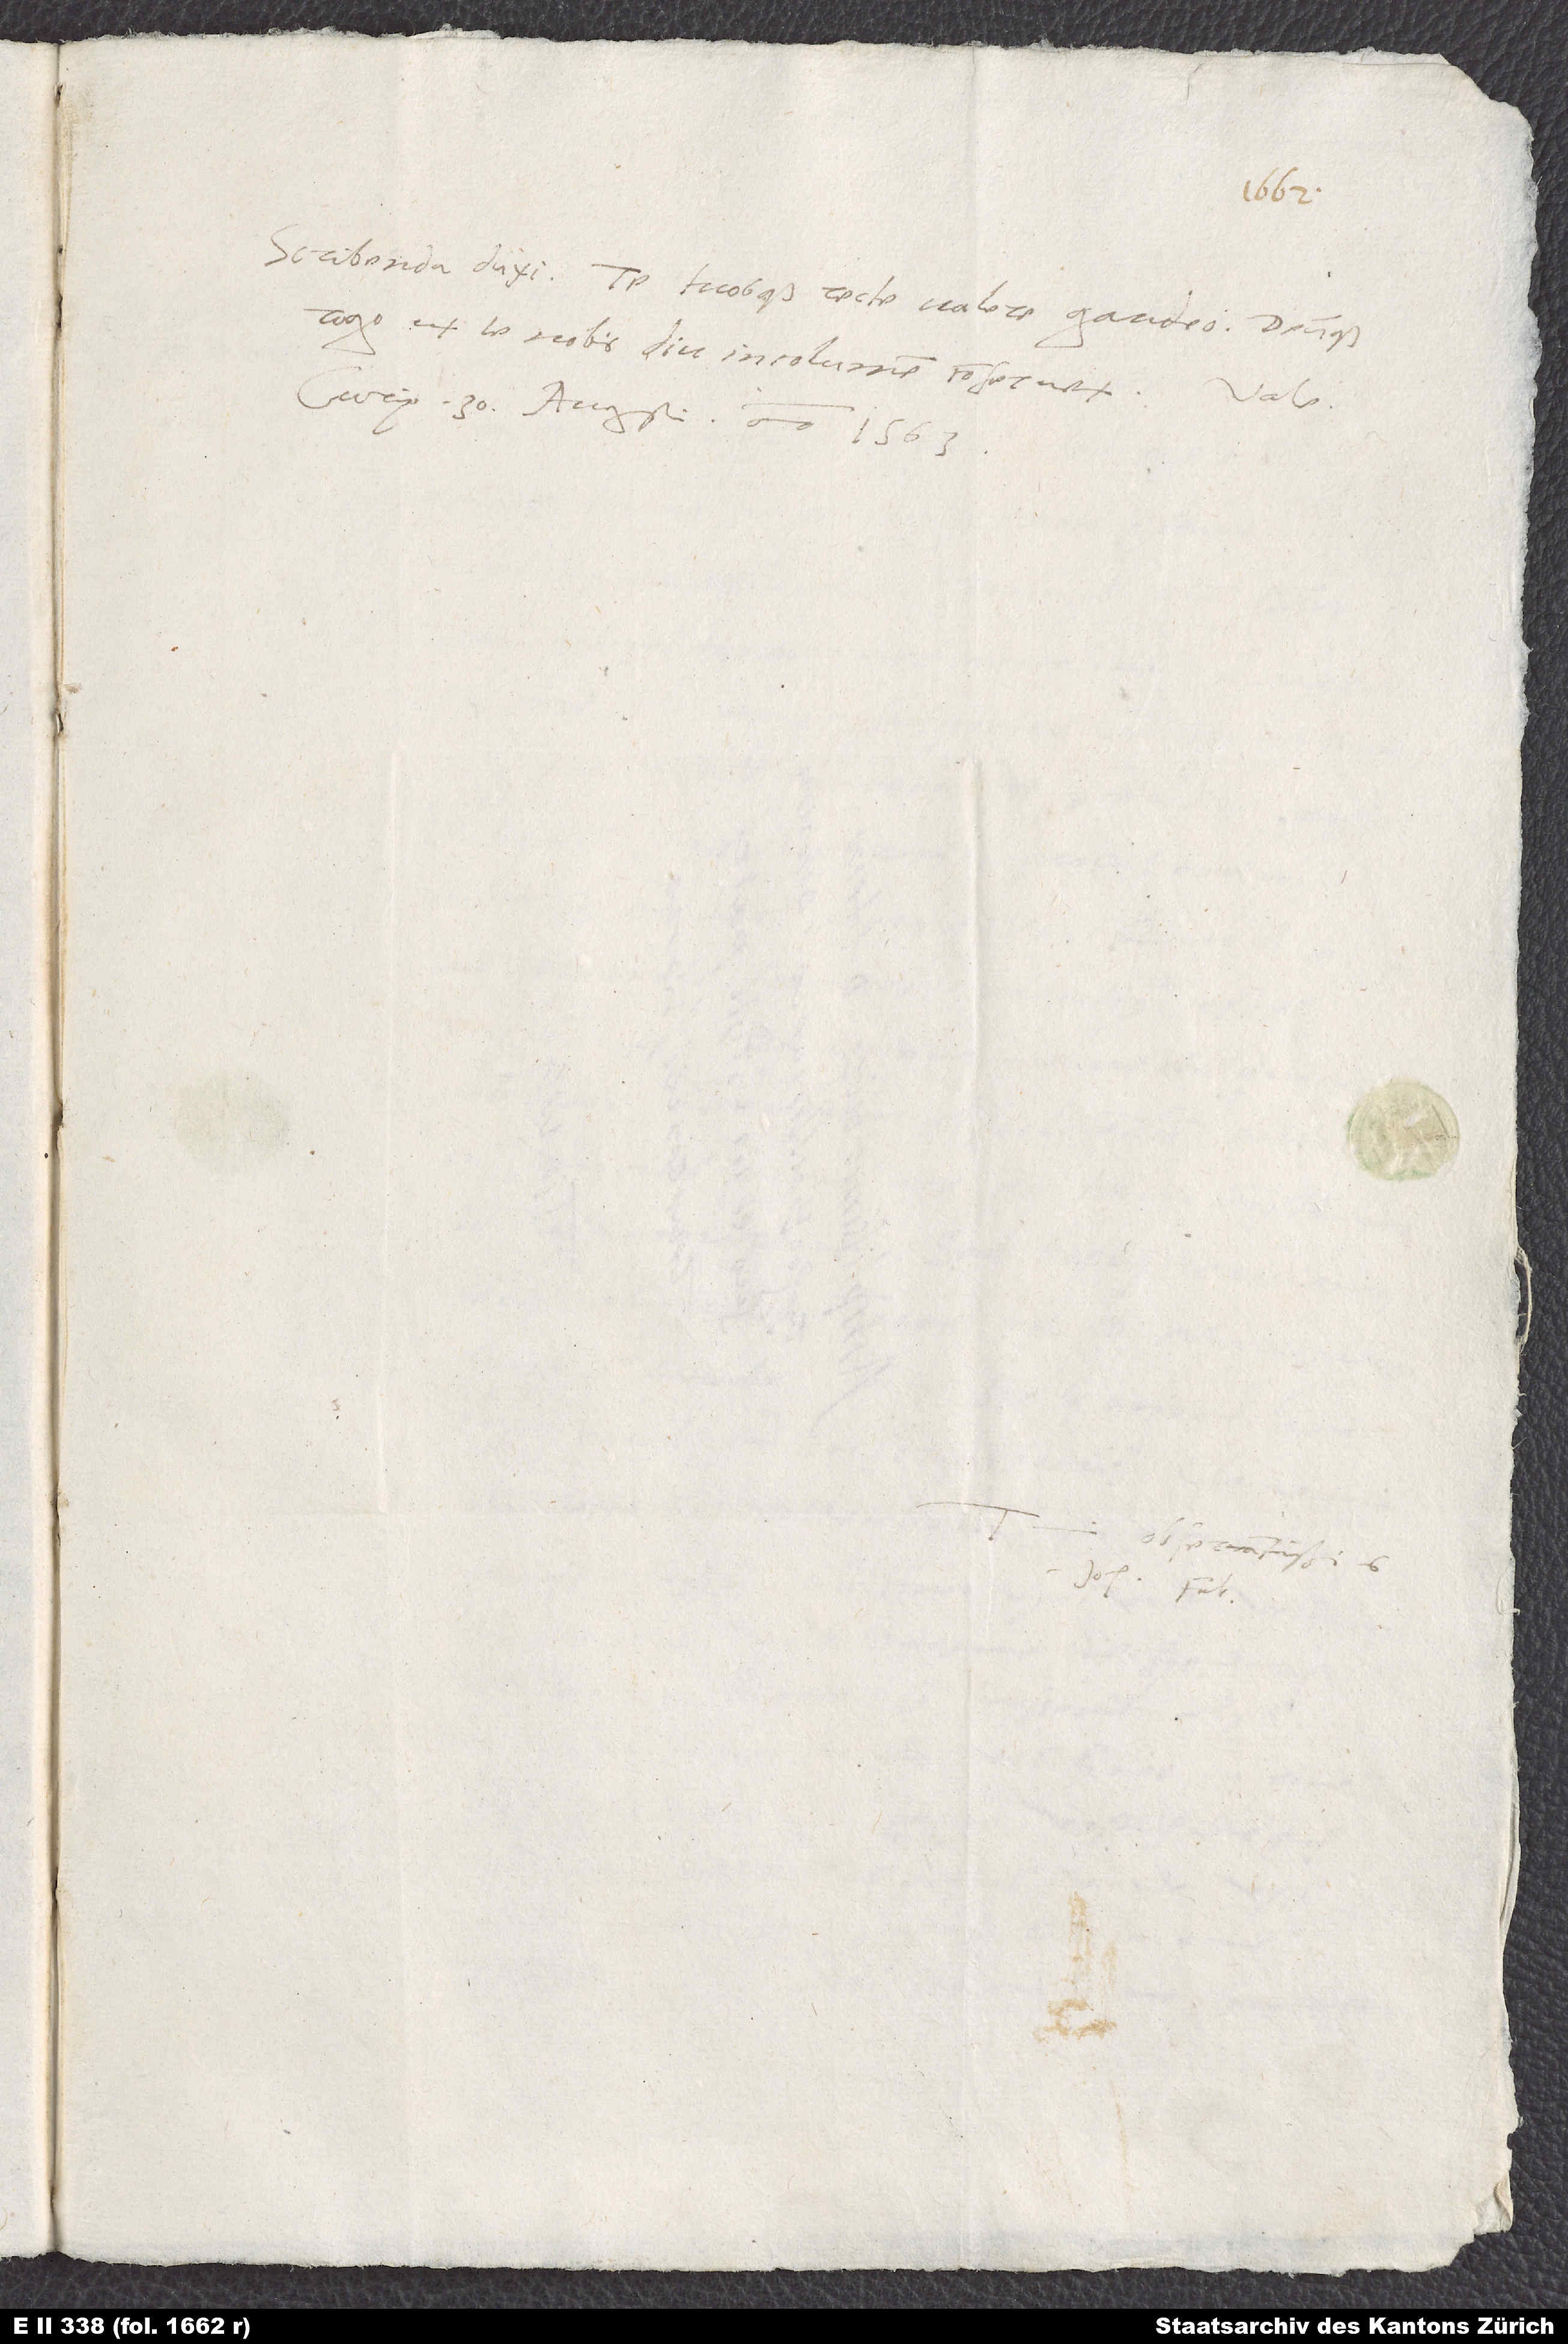
Curię 30. augusti anno 1563.